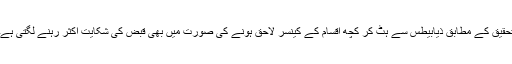
تحقیق کے مطابق ذیابیطس سے ہٹ کر کچھ اقسام کے کینسر لاحق ہونے کی صورت میں بھی قبض کی شکایت اکثر رہنے لگتی ہے۔